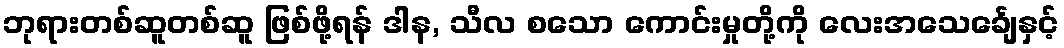
ဘုရားတစ်ဆူတစ်ဆူ ဖြစ်ဖို့ရန် ဒါန, သီလ စသော ကောင်းမှုတို့ကို လေးအသေင်္ချေနှင့်